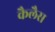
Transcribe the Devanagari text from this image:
कैलैस